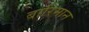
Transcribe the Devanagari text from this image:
बारिमान